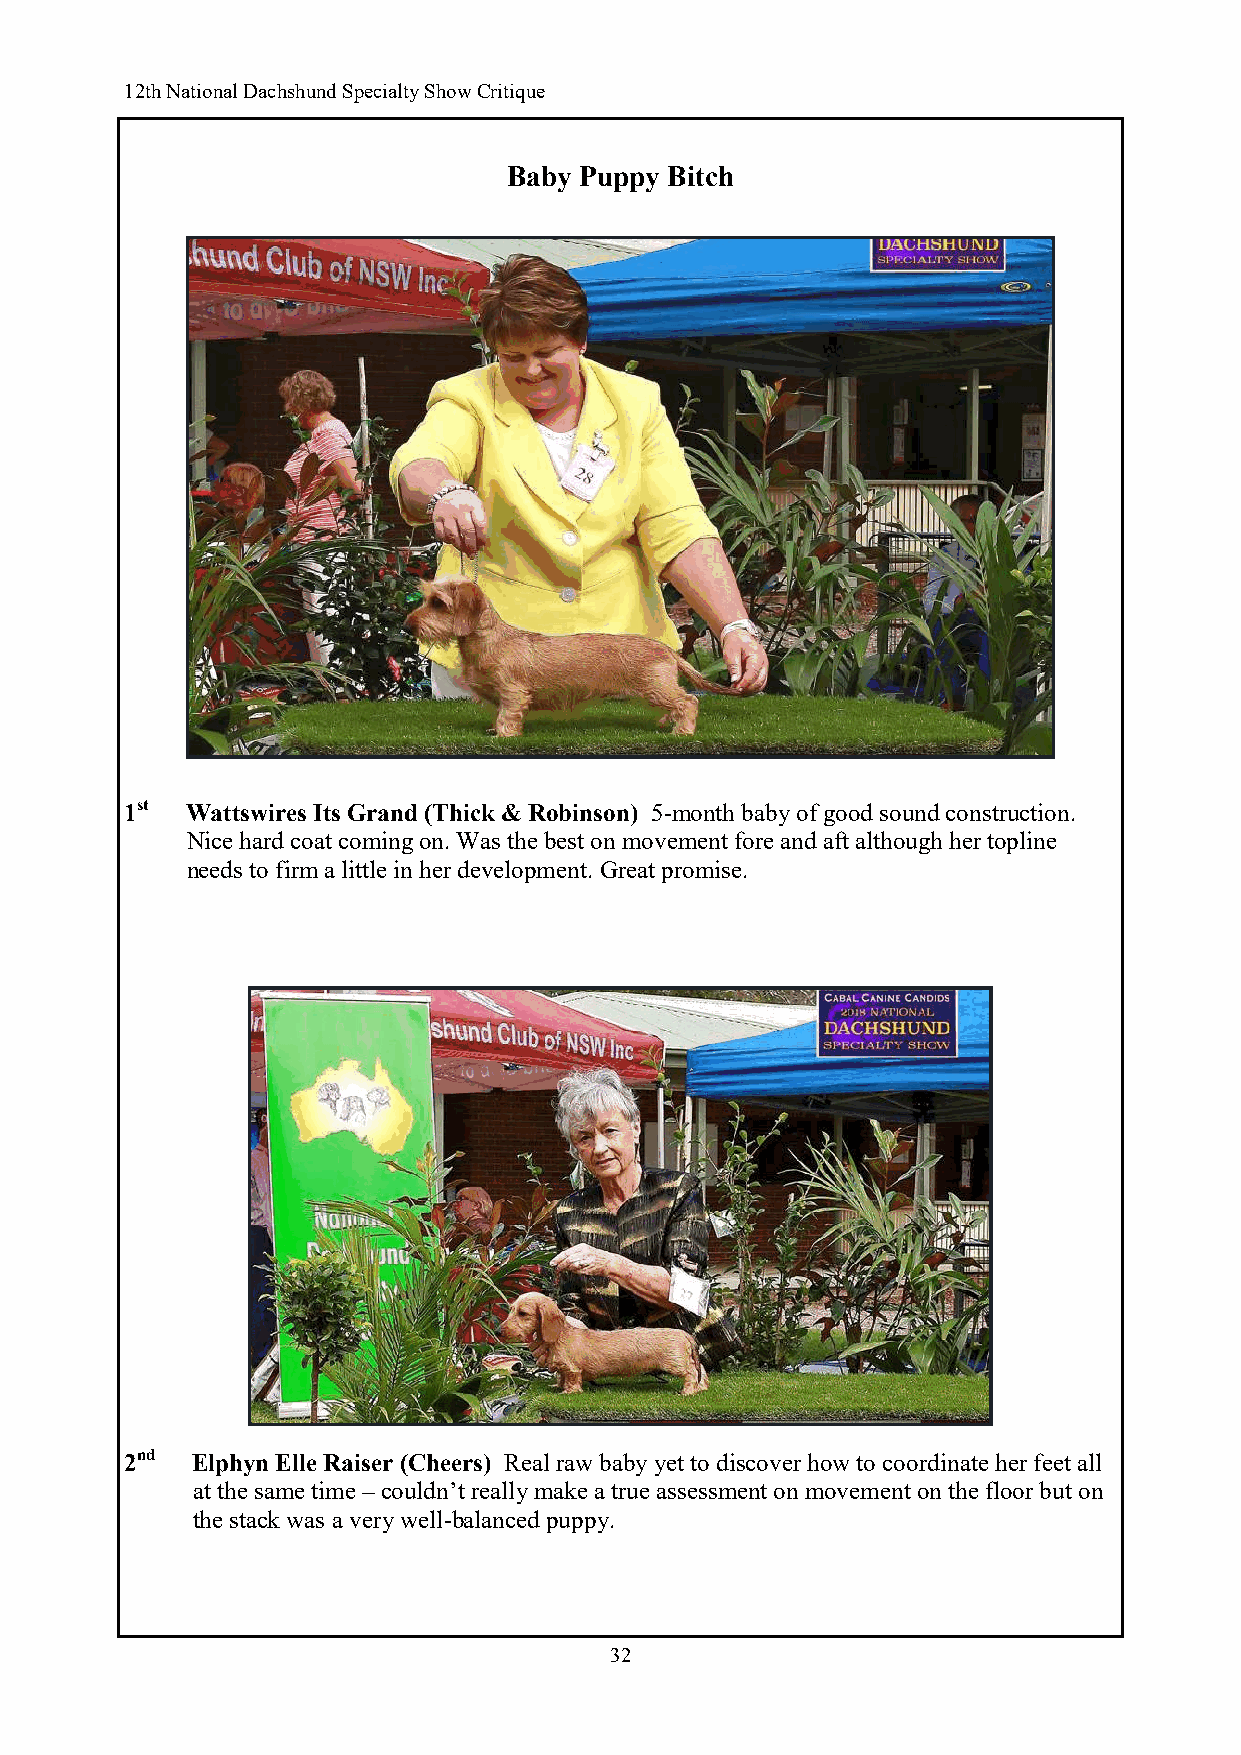
12th National Dachshund Specialty Show Critique
 Baby Puppy Bitch
 1st Wattswires Its Grand (Thick & Robinson) 5-month baby of good sound construction.
 Nice hard coat coming on. Was the best on movement fore and aft although her topline
 needs to firm a little in her development. Great promise.
 2nd  Elphyn Elle Raiser (Cheers) Real raw baby yet to discover how to coordinate her feet all
 at the same time – couldn’t really make a true assessment on movement on the floor but on
 the stack was a very well-balanced puppy.
 32